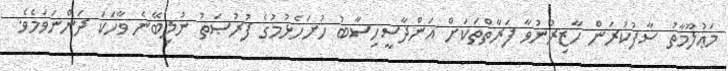
މަޢުލޫމާތު ސާފުކުރަން ހާޒިރުނުވާ ފަރާތްތަކަށް އަންދާސީހިސާބު ހުށަހެޅުމުގެ ފުރުޞަތު ނުލިބޭނެ ވާހަކަ ދަންނަވަމެވެ.